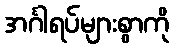
အင်္ဂါရပ်များစွာကို